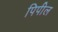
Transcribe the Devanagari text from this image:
पिपील